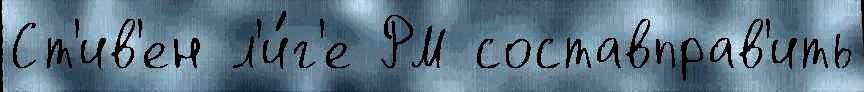
Ст'ив'ен л'и́г'е РМ составправ'ить